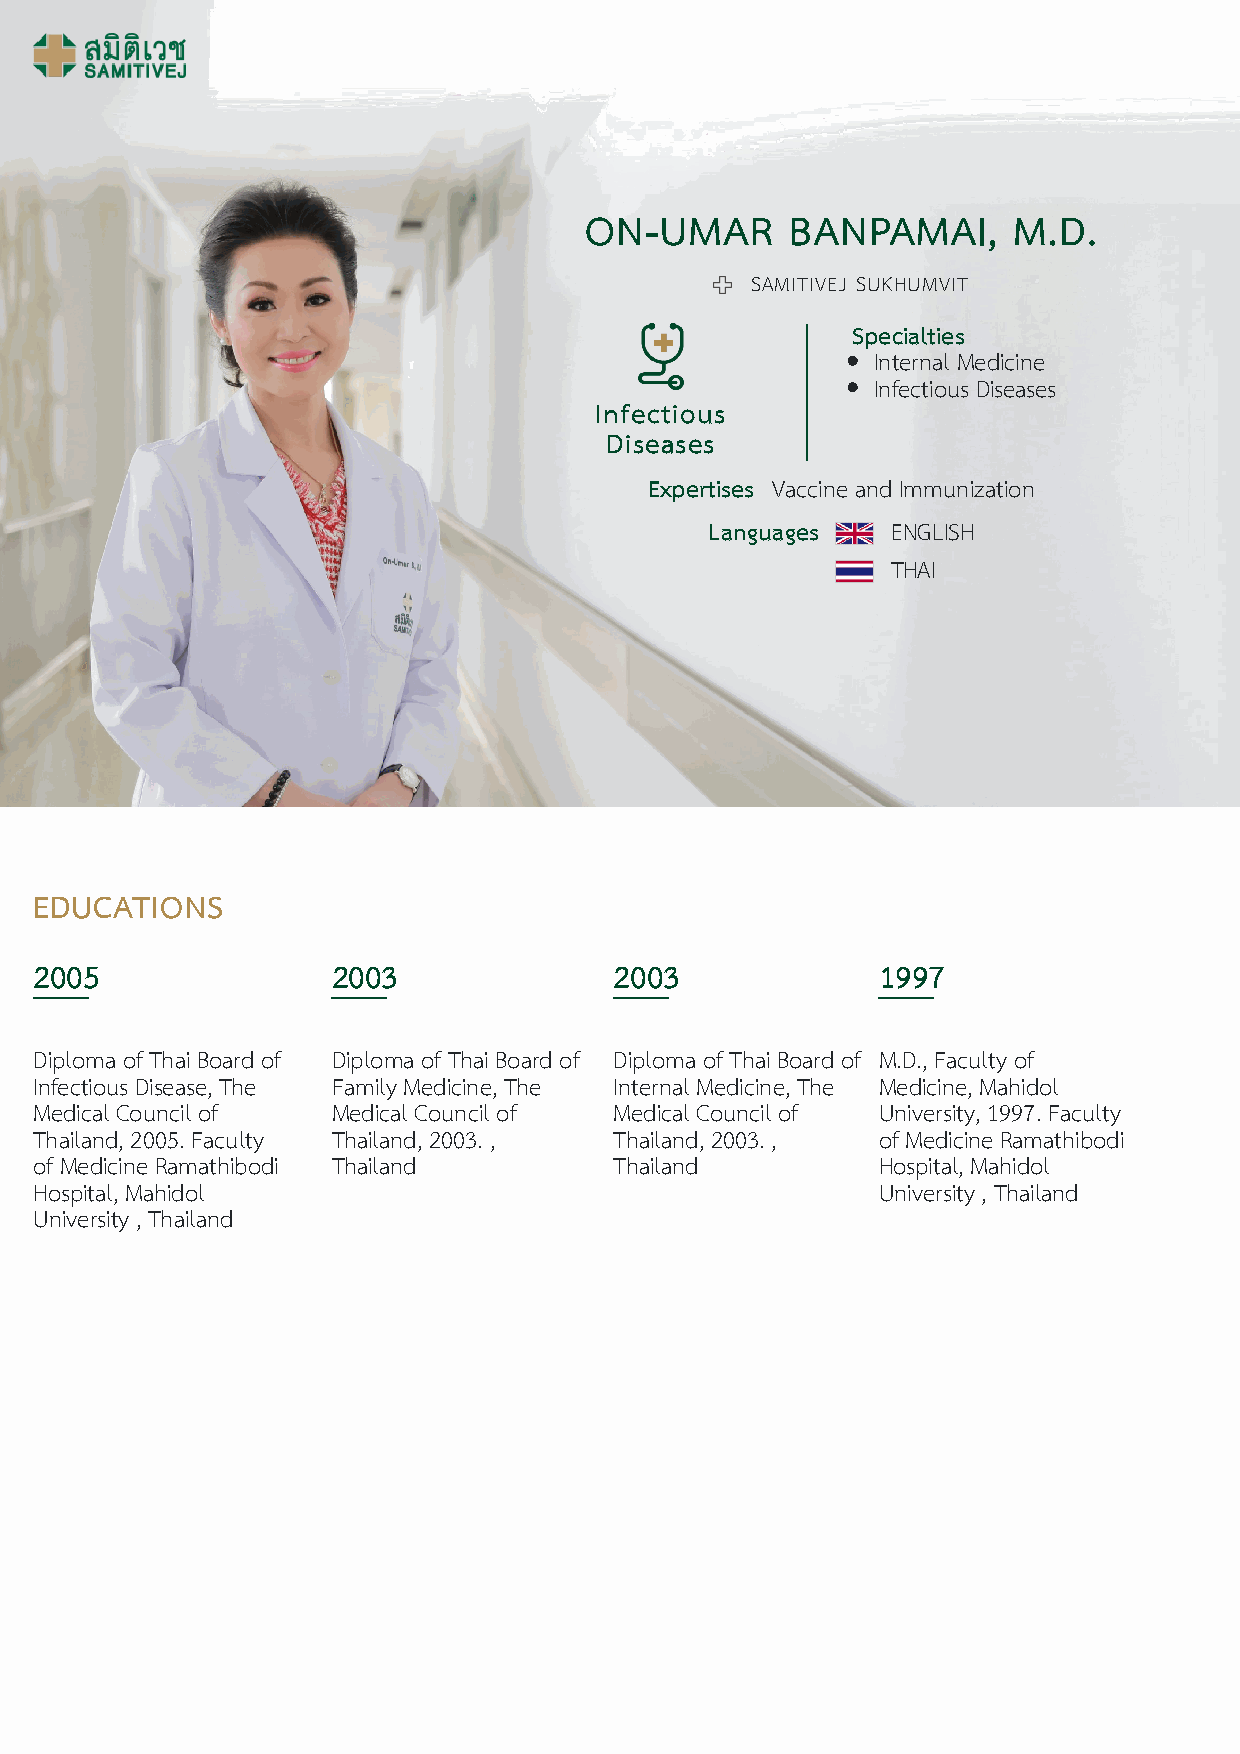
ON-UMAR      BANPAMAI,      M.D.
 SAMITIVEJ SUKHUMVIT
 Specialties
 Internal Medicine
 Infectious Diseases
 Infectious
 Diseases
 Expertises Vaccine and Immunization
 Languages   ENGLISH
 THAI
 EDUCATIONS
 2005                2003               2003             1997
 Diploma of Thai Board of Diploma of Thai Board of Diploma of Thai Board of M.D., Faculty of
 Infectious Disease, The Family Medicine, The Internal Medicine, The Medicine, Mahidol
 Medical Council of  Medical Council of Medical Council of University, 1997. Faculty
 Thailand, 2005. Faculty Thailand, 2003. , Thailand, 2003. , of Medicine Ramathibodi
 of Medicine Ramathibodi Thailand       Thailand         Hospital, Mahidol
 Hospital, Mahidol                                       University , Thailand
 University , Thailand